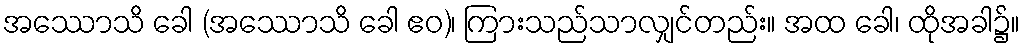
အဿောသိ ခေါ (အဿောသိ ခေါ ဧဝ)၊ ကြားသည်သာလျှင်တည်း။ အထ ခေါ၊ ထိုအခါ၌။